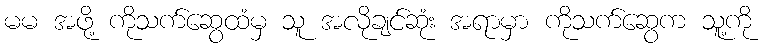
မမ အဖို့ ကိုသက်ဆွေထံမှ သူ အလိုချင်ဆုံး အရာမှာ ကိုသက်ဆွေက သူ့ကို